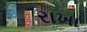
રાખા